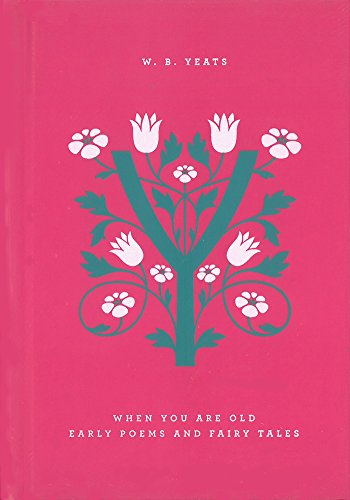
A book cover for When You Are Old: Early Poems and Fairy Tales (Penguin Drop Caps); William Butler Yeats; Literature & Fiction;